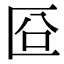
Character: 㔯